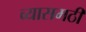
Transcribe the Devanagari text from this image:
व्यासमठी